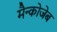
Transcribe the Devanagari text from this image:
मैन्कोजेब